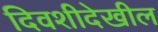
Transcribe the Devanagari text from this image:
दिवशीदेखील